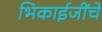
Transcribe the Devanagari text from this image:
भिकाईजींचे